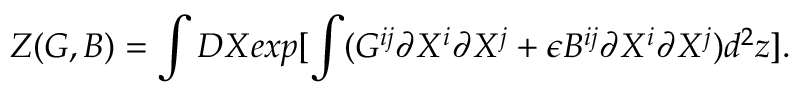
{ \cal Z } ( G , B ) = \int D X e x p [ \int ( G ^ { i j } \partial X ^ { i } \partial X ^ { j } + \epsilon B ^ { i j } \partial X ^ { i } \partial X ^ { j } ) d ^ { 2 } z ] .